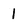
Character: 1